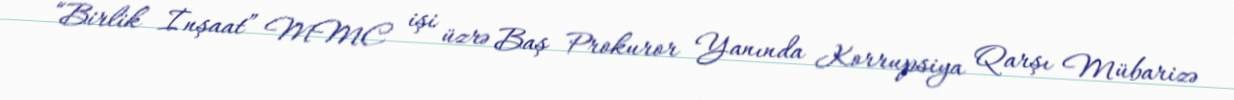
“Birlik İnşaat” MMC işi üzrə Baş Prokuror Yanında Korrupsiya Qarşı Mübarizə